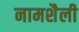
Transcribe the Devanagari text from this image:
नामशैली